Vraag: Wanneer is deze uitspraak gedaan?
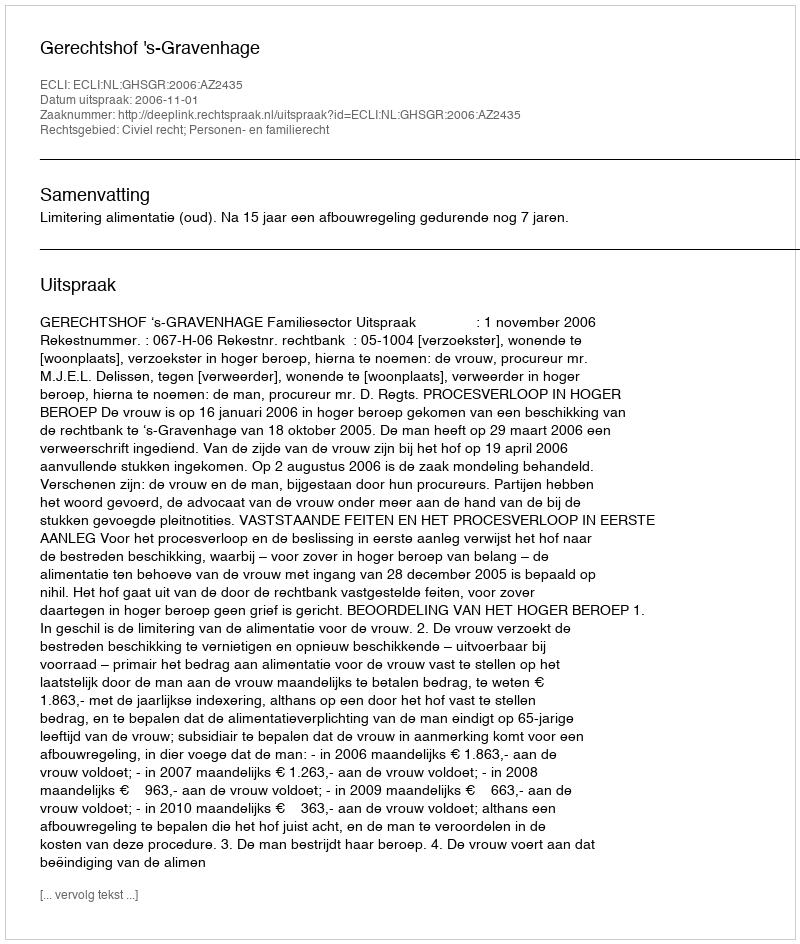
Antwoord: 2006-11-01